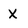
Character: X